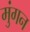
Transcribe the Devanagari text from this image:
मुंगन